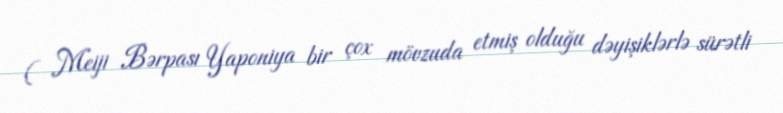
( Meiji Bərpası Yaponiya bir çox mövzuda etmiş olduğu dəyişiklərlə sürətli